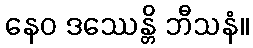
နေဝ ဒဿေန္တိ ဘီသနံ။